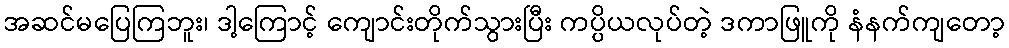
အဆင်မပြေကြဘူး၊ ဒါ့ကြောင့် ကျောင်းတိုက်သွားပြီး ကပ္ပိယလုပ်တဲ့ ဒကာဖြူကို နံနက်ကျတော့